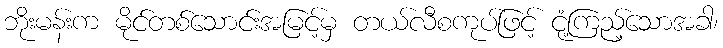
ဘိုးမန်းက မိုင်တစ်သောင်းအမြင့်မှ တယ်လီစကုပ်ဖြင့် ငုံ့ကြည့်သောအခါ၊